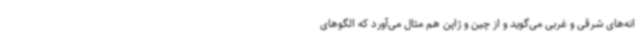
انه‌های شرقی و غربی می‌گوید و از چین و ژاپن هم مثال می‌آورد که الگوهای